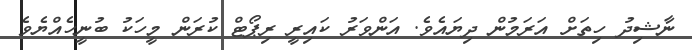
ނާޝިދު ހިތަށް އަރަމުން ދިޔައެވެ. އަންވަރު ކައިރީ ރިޕޯޓް ކުރަން މީހަކު ބުނީހެއްޔެވެ